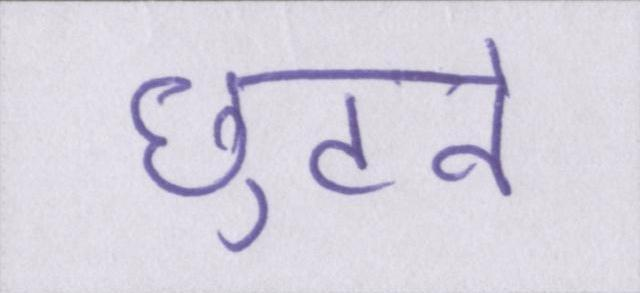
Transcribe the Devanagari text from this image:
छुटने